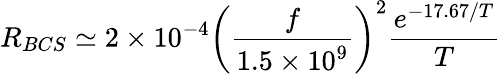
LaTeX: R_{BCS}\simeq 2\times 10^{-4}\left({\frac{f}{1.5\times 10^{9}}}\right)^{2}{\frac{e^{-17.67/T}}{T}}